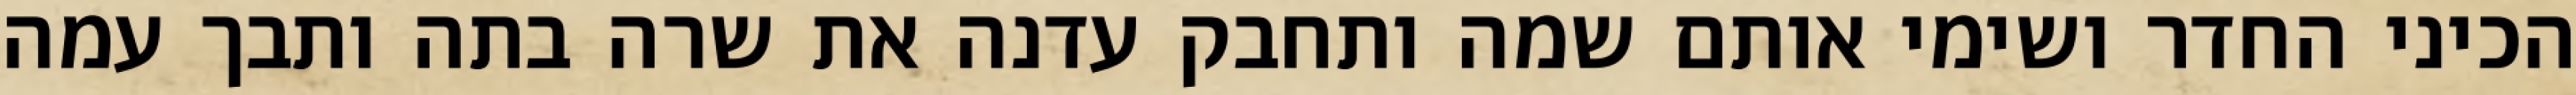
הכיני החדר ושימי אותם שמה ותחבק עדנה את שרה בתה ותבך עמה